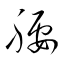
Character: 腰